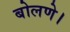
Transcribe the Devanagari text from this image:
बोलणे।